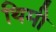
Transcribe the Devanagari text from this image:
थिमी